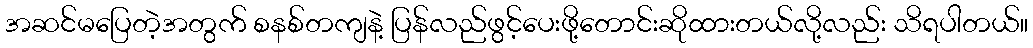
အဆင်မပြေတဲ့အတွက် စနစ်တကျနဲ့ ပြန်လည်ဖွင့်ပေးဖို့တောင်းဆိုထားတယ်လို့လည်း သိရပါတယ်။